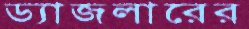
ড্যাজলারের